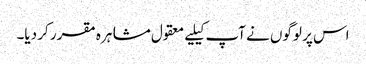
اس پر لوگوں نے آپ کیلیے معقول مشاہرہ مقرر کر دیا۔